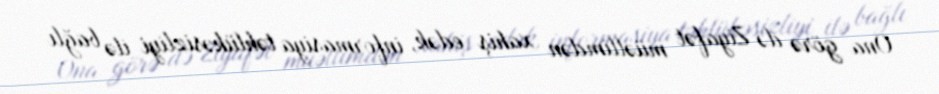
Ona görə də Ziyafət müəllimdən xahiş edək, informasiya təhlükəsizliyi ilə bağlı